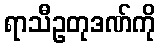
ရာသီဥတုဒဏ်ကို